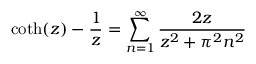
\coth ( z ) - { \frac { 1 } { z } } = \sum _ { n = 1 } ^ { \infty } { \frac { 2 z } { z ^ { 2 } + \pi ^ { 2 } n ^ { 2 } } }